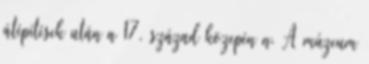
átépítések után a 17. század közepén n. A múzeum